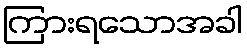
ကြားရသောအခါ